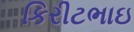
કિરીટભાઇ